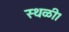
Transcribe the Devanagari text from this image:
स्थळी।